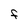
Character: F